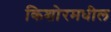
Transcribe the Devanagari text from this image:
किशोरमधील